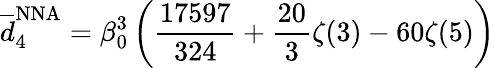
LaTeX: \overline{{{d}}}_{4}^{\mathrm{NNA}}=\beta_{0}^{3}\left({\frac{17597}{324}}+{\frac{20}{3}}\zeta(3)-60\zeta(5)\right)